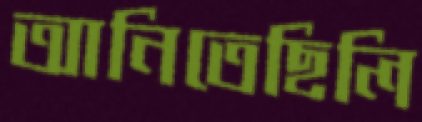
আনিতেছিলি